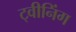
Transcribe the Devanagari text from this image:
ट्वीनिंग